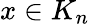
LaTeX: x\in K_{n}